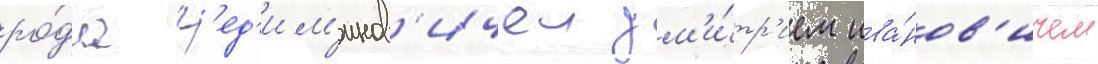
ро́да г'ед'им'инов'ичеи дм'и́тр'ием ива́нов'ичем